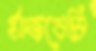
র‍্যাজবেরি